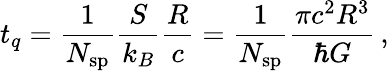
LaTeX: t_{q}=\frac{1}{N_{\mathrm{sp}}}\frac{S}{k_{B}}\frac{R}{c}=\frac{1}{N_{\mathrm{sp}}}\frac{\pi c^{2}R^{3}}{\hbar G}\, ,